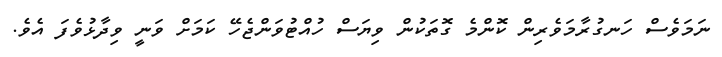
ނަމަވެސް ހަނގުރާމަވެރިން ކޮންމެ ގޮތަކުން ވިޔަސް ހުއްޓުވަންޖެހޭ ކަމަށް ވަނީ ވިދާޅުވެފަ އެވެ.